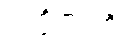
ပဒက္ခိဏဂ္ဂါဟီ